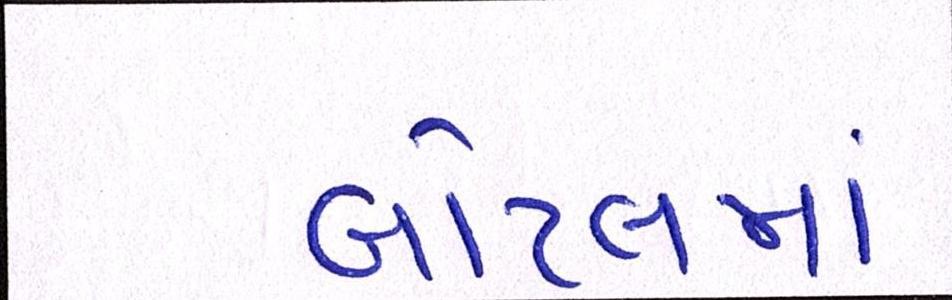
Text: બોટલમાં